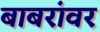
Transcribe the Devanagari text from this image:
बाबरांवर